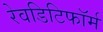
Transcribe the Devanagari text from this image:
रेवडिटिफॉर्म